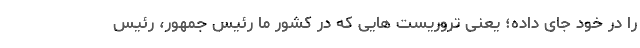
را در خود جای داده؛ یعنی تروریست هایی که در کشور ما رئیس جمهور، رئیس